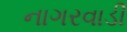
નાગરવાડી